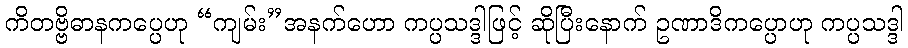
ကိတဗ္ဗိဓာနကပ္ပေဟု “ကျမ်း”အနက်ဟော ကပ္ပသဒ္ဒါဖြင့် ဆိုပြီးနောက် ဥဏာဒိကပ္ပောဟု ကပ္ပသဒ္ဒါ